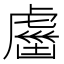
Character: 𧇏